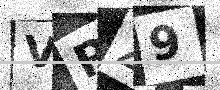
Text: VPZ9